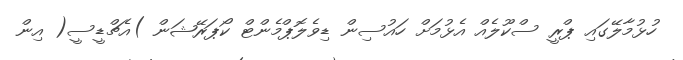
ހުޅުމާލޭގައި ޕްރީ ސްކޫލެއް އެޅުމަށް ހައުސިން ޑިވެލޮޕްމެންޓް ކޯޕަރޭޝަން )އެޗްޑީސީ( އިން